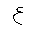
Letter: _ayn